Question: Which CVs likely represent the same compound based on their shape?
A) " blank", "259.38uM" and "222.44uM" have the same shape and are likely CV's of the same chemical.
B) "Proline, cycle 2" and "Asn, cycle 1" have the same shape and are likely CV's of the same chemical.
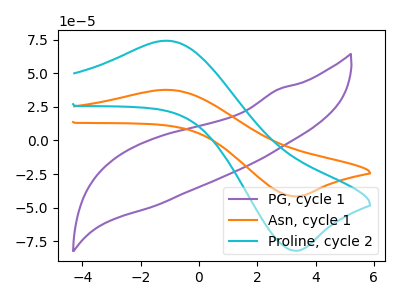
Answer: <think>The purple curve "PG, cycle 1" has no peaks. The orange curve "Asn, cycle 1" has an anodic peak at (-1.10V, 37.60uA) and a cathodic peak at (3.40V, -41.65uA). The cyan curve "Proline, cycle 2" has an anodic peak at (-1.10V, 74.15uA) and a cathodic peak at (3.40V, -82.10uA).
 "PG, cycle 1" and "Asn, cycle 1" have a different number of peaks. "PG, cycle 1" and "Proline, cycle 2" have a different number of peaks. All the peaks in "Asn, cycle 1" have a peak in "Proline, cycle 2" at the same potential. Every peak in "Asn, cycle 1" is lower than every peak in "Proline, cycle 2".</think>
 <answer>B) "Proline, cycle 2" and "Asn, cycle 1" have the same shape and are likely CV's of the same chemical.</answer>
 <eval>B</eval>